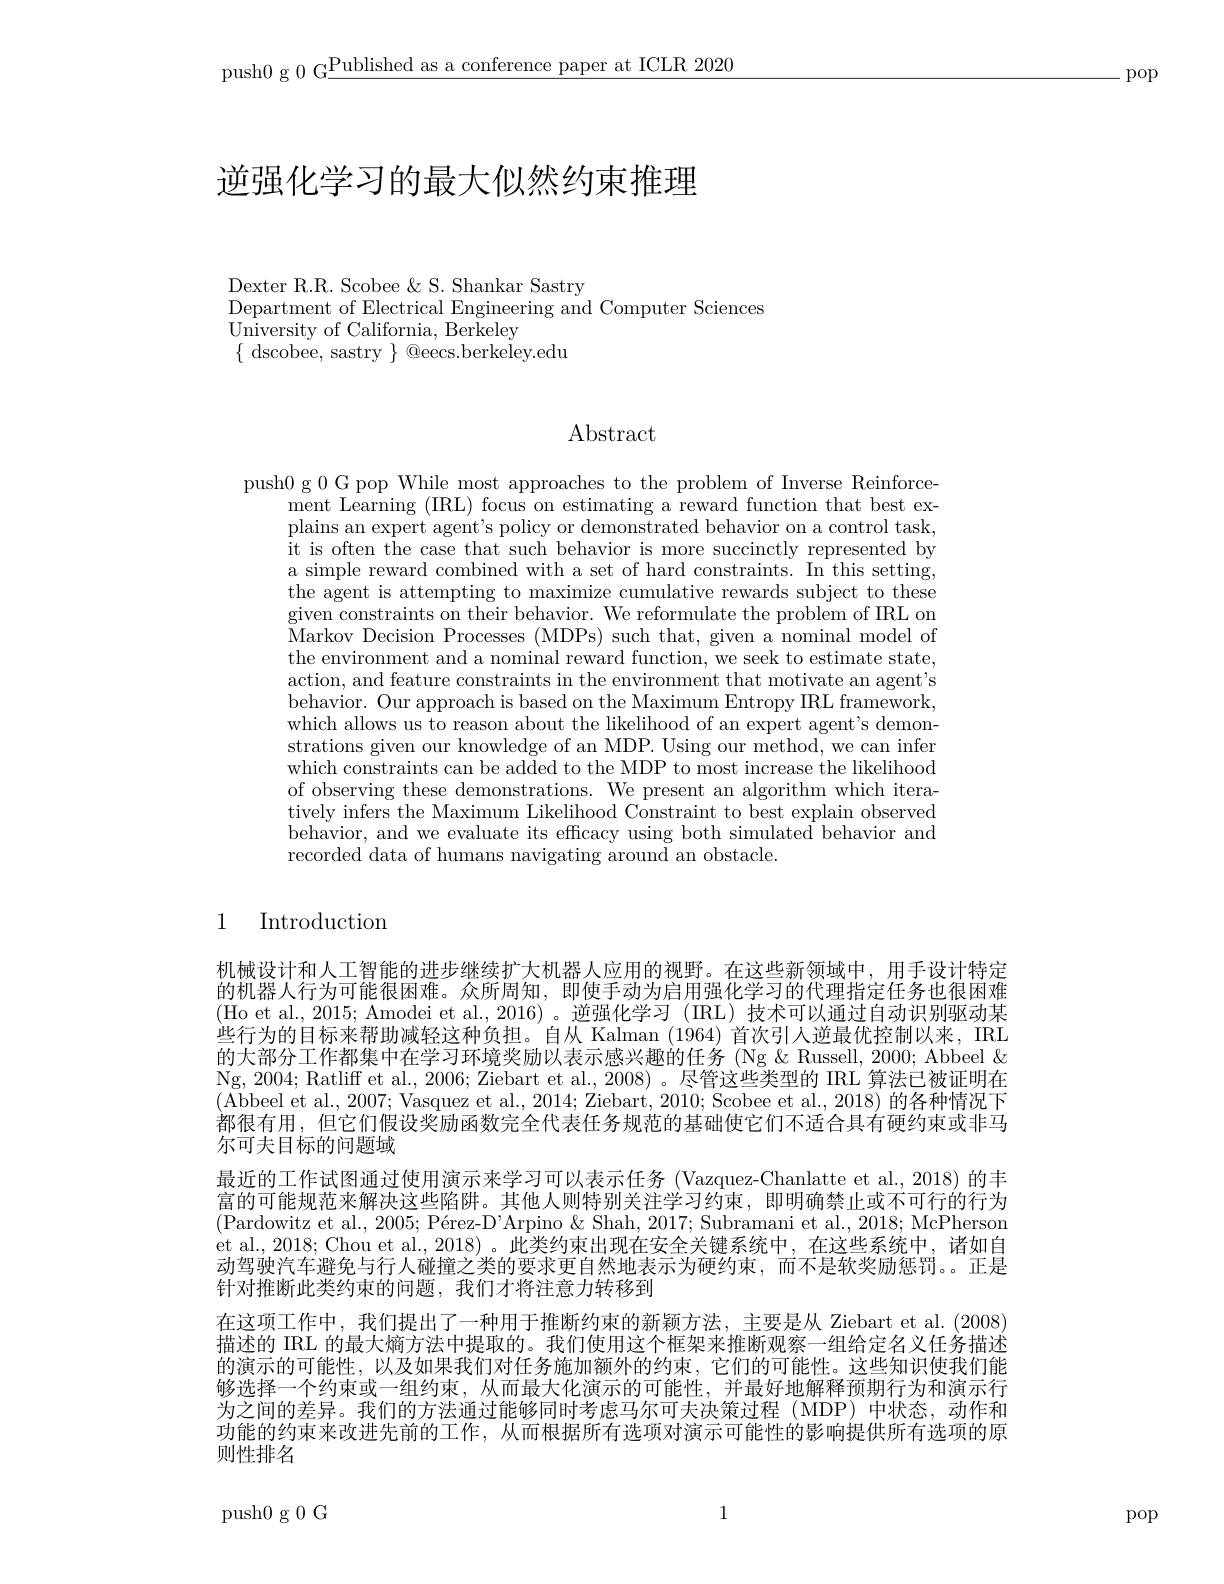
push0 g 0 G$\underline\text{Published as a conference paper at ICLR 2020}$

-pop

# 逆强化学习的最大似然约束推理

$\underline{{\mathrm{Dexter~R.R.~Scobee~\&~S.~Shankar~Sastry}}}$
Department of Electrical Engineering and Computer Sciences
University of California, Berkeley
$\{{\mathrm{~dscobee,~sastry~}}\}{\mathrm{~@eecs.berkeley.edu}}$

$\operatorname{Abstract}$

push0 g 0 G pop While most approaches to the problem of Inverse Reinforce-
ment Learning (IRL) focus on estimating a reward function that best explains an expert agent's policy or demonstrated behavior on a control task, it is often the case that such behavior is more succinctly represented by a simple reward combined with a set of hard constraints. In this setting, the agent is attempting to maximize cumulative rewards subject to these given constraints on their behavior. We reformulate the problem of IRL on Markov Decision Processes (MDPs) such that, given a nominal model of the environment and a nominal reward function, we seek to estimate state, action, and feature constraints in the environment that motivate an agent's behavior. Our approach is based on the Maximum Entropy IRL framework, which allows us to reason about the likelihood of an expert agent's demonstrations given our knowledge of an MDP. Using our method, we can infer which constraints can be added to the MDP to most increase the likelihood of observing these demonstrations. We present an algorithm which iteratively infers the Maximum Likelihood Constraint to best explain observed behavior, and we evaluate its efficacy using both simulated behavior and recorded data of humans navigating around an obstacle.

1

Introduction

机械设计和人工智能的进步继续扩大机器人应用的视野。在这些新领域中，用手设计特定的机器人行为可能很困难。众所周知，即使手动为启用强化学习的代理指定任务也很困难(Ho et al., 2015; Amodei et al., 2016)。逆强化学习 (IRL) 技术可以通过自动识别驱动某些行为的目标来帮助减轻这种负担。自从 Kalman (1964)首次引人逆最优控制以来，IRL 的大部分工作都集中在学习环境奖励以表示感兴趣的任务 (Ng&Russell, 2000; Abbeel & Ng, 2004; Ratliff et al. , 2006; Ziebart et al. , 2008) 。尽管这些类型的 IRL 算法已被证明在(Abbeel et al., 2007; Vasquez et al., 2014; Ziebart, 2010; Scobee et al., 2018) 的各种情况下都很有用，但它们假设奖励函数完全代表任务规范的基础使它们不适合具有硬约束或非马尔可夫目标的问题域
最近的工作试图通过使用演示来学习可以表示任务 (Vazquez-Chanlatte et al., 2018) 的丰富的可能规范来解决这些陷阱。其他人则特别关注学习约束，即明确禁止或不可行的行为(Pardowitz et al., 2005; Pérez-D'Arpino & Shah, 2017; Subramani et al., 2018; McPherson et al.,2018; Chou et al.,2018)。此类约束出现在安全关键系统中，在这些系统中，诸如自动驾驶汽车避免与行人碰撞之类的要求更自然地表示为硬约束，而不是软奖励惩罚。。正是针对推断此类约束的问题，我们才将注意力转移到
在这项工作中，我们提出了一种用于推断约束的新颖方法，主要是从 Ziebart et al.(2008) 描述的 IRL 的最大熵方法中提取的。我们使用这个框架来推断观察一组给定名义任务描述的演示的可能性，以及如果我们对任务施加额外的约束，它们的可能性。这些知识使我们能够选择一个约束或一组约束，从而最大化演示的可能性，并最好地解释预期行为和演示行为之间的差异。我们的方法通过能够同时考虑马尔可夫决策过程 (MDP) 中状态，动作和功能的约束来改进先前的工作，从而根据所有选项对演示可能性的影响提供所有选项的原则性排名

1

push0 g 0 G

pop